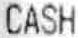
CASH